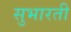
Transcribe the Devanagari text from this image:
सुभारती